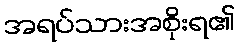
အရပ်သားအစိုးရ၏